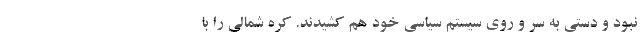
نبود و دستی به سر و روی سیستم سیاسی خود هم کشیدند. کره شمالی را با